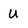
Character: U